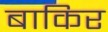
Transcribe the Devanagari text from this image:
बाकिर